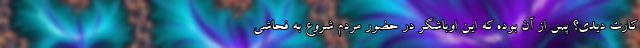
کارت دیدی؟ پس از آن بوده که این اوباشگر در حضور مردم شروع به فحاشی